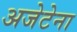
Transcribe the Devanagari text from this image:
अजेटेना